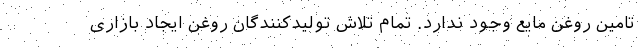
تامین روغن مایع وجود ندارد. تمام تلاش تولیدکنندگان روغن ایجاد بازاری